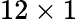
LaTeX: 12\times 1